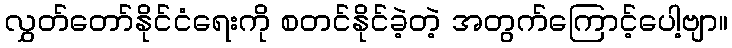
လွှတ်တော်နိုင်ငံရေးကို စတင်နိုင်ခဲ့တဲ့ အတွက်ကြောင့်ပေါ့ဗျာ။